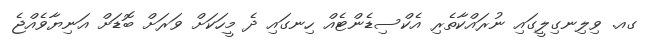
ގއ. ވިލިނގިލީގައި ނުރައްކާތެރި އެކްސިޑެންޓެއް ހިނގައި ދެ މީހަކަށް ވަރަށް ބޮޑަށް އަނިޔާވެއްޖެ